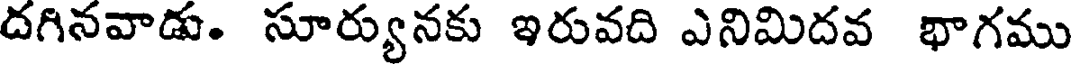
దగినవాడు. సూర్యునకు ఇరువది ఎనిమిదవ భాగము